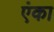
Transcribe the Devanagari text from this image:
एंका